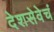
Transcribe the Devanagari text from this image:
देशसेवेचं